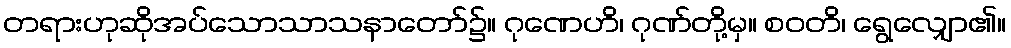
တရားဟုဆိုအပ်သောသာသနာတော်၌။ ဂုဏေဟိ၊ ဂုဏ်တို့မှ။ စဝတိ၊ ရွေလျှော၏။